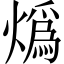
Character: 𤎶